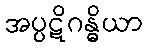
အပ္ပဋိဂန္ဓိယာ